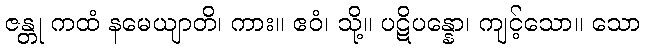
ဇန္တု ကထံ နမေယျာတိ၊ ကား။ ဧဝံ၊ သို့။ ပဋိပန္နော၊ ကျင့်သော။ သော